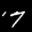
Digit: 7